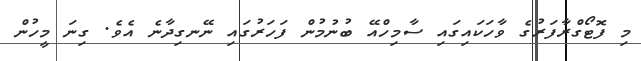
މި ފޮޓޯގްރާފަރުގެ ވާހަކައިގައި ސާމިހްއޭ ބުނުމުން ފަހަރުގައި ނޭނގިދާނެ އެވެ. ގިނަ މީހުން